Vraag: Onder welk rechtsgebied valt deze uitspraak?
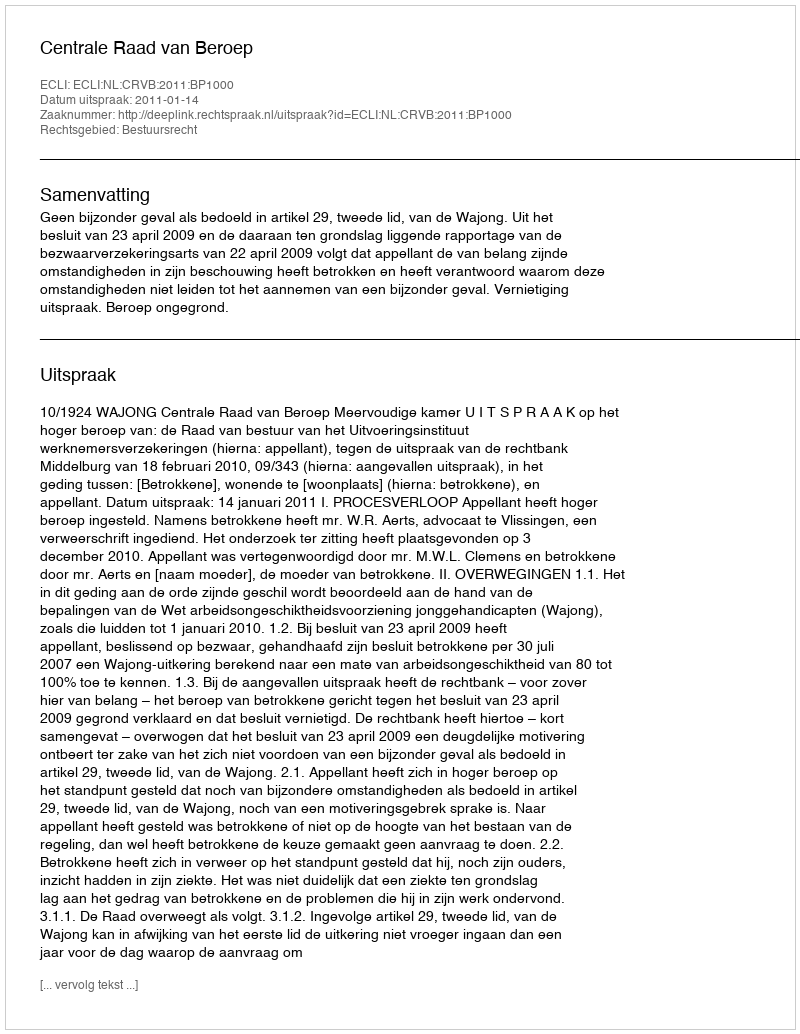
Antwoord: Bestuursrecht